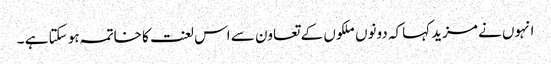
انہوں نے مزید کہاکہ دونوں ملکوں کے تعاون سے اس لعنت کا خاتمہ ہو سکتا ہے ۔